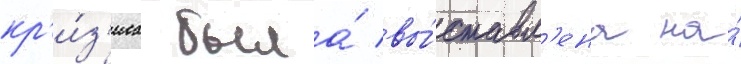
кр'и́з'иса была́ вы́ставл'ена на́